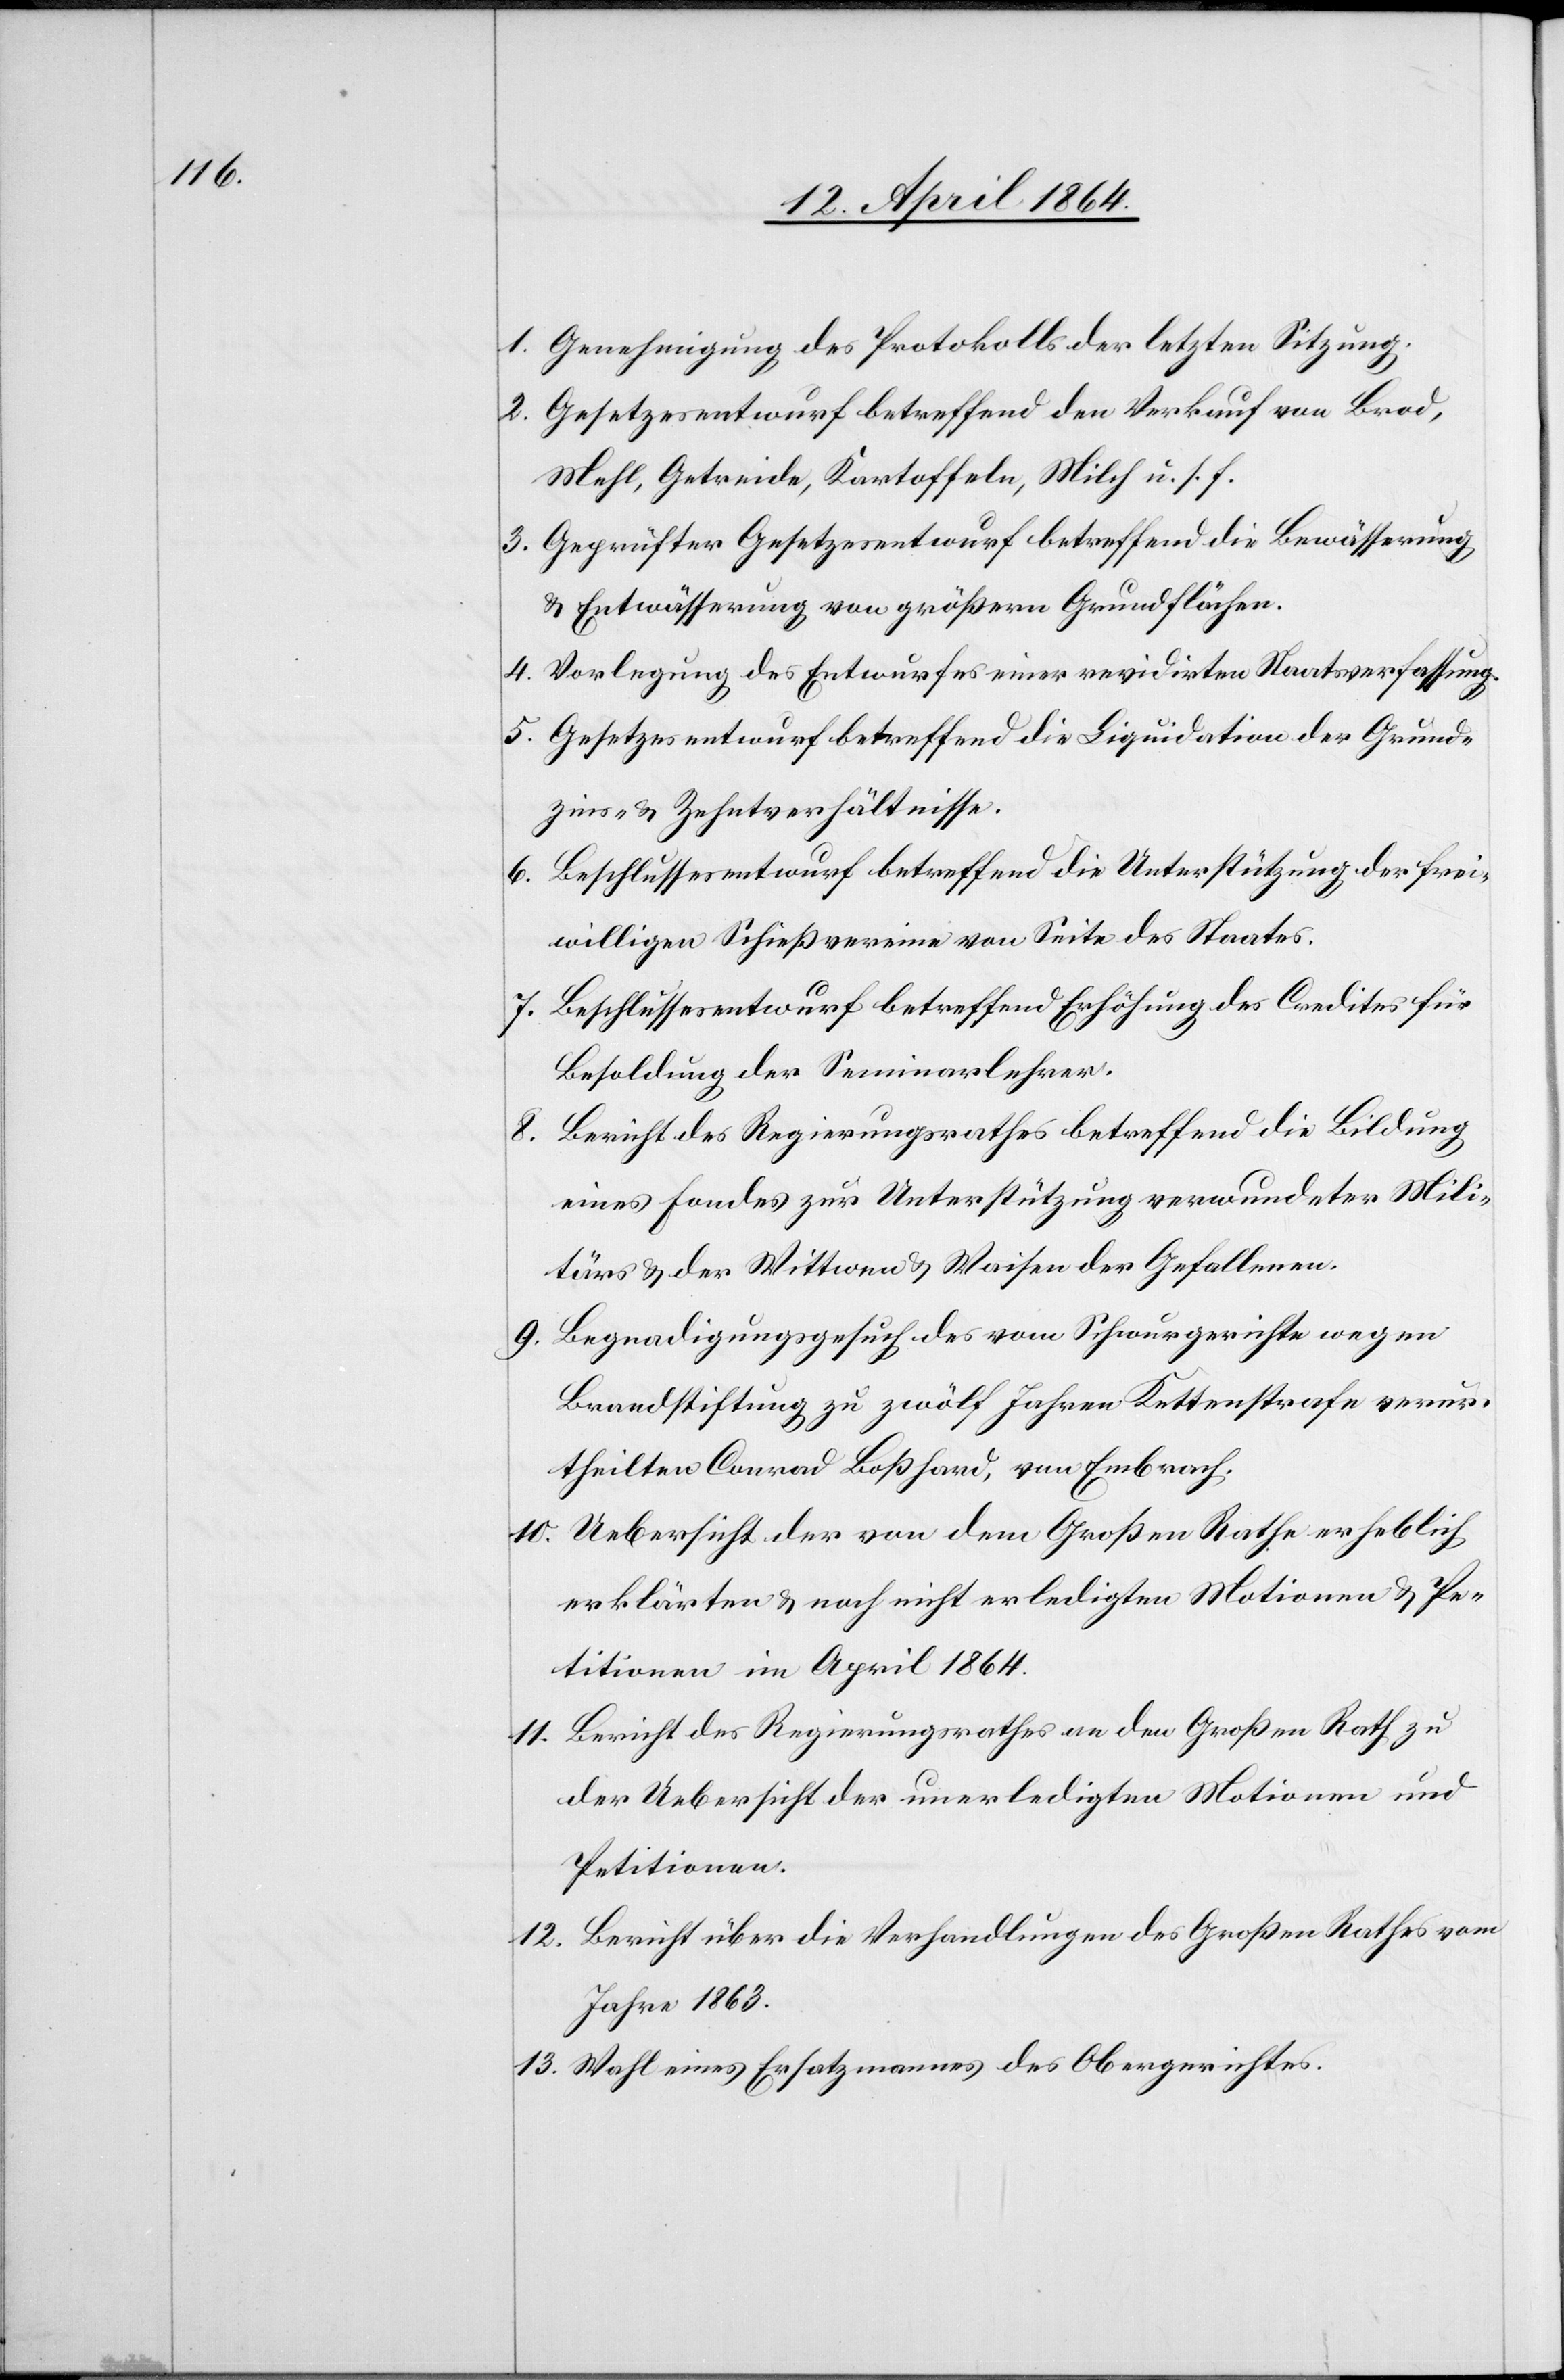
1. Genehmigung des Protokolls der letzten Sitzung.
2. Gesetzesentwurf betreffend den Verkauf von Brod,
Mehl, Getreide, Kartoffeln, Milch u. s. f.
3. Geprüfter Gesetzesentwurf betreffend die Bewässerung
u. Entwässerung von größern Grundflächen.
4. Vorlegung des Entwurfes einer revidirten Staatsverfassung.
5. Gesetzesentwurf betreffend die Liquidation der Grund¬
zins- u. Zehntverhältnisse.
6. Beschlussesentwurf betreffend die Unterstützung der frei¬
willigen Schießvereine von Seite des Staates.
7. Beschlussesentwurf betreffend Erhöhung des Credites für
Besoldung der Seminarlehrer.
8. Bericht des Regierungsrathes betreffend die Bildung
eines Fondes zur Unterstützung verwundeter Mili¬
tärs u. der Wittwen u. Waisen der Gefallenen.
9. Begnadigungsgesuch des vom Schwurgerichte wegen
Brandstiftung zu zwölf Jahren Kettenstrafe verur¬
theilten Conrad Boßhard, von Embrach.
10. Uebersicht der von dem Großen Rathe erheblich
erklärten u. noch nicht erledigten Motionen u. Pe¬
titionen im April 1864.
11. Bericht des Regierungsrathes an den Großen Rath zu
der Uebersicht der unerledigten Motionen und
Petitionen.
12. Bericht über die Verhandlungen des Großen Rathes vom
Jahre 1863.
13. Wahl eines Ersatzmannes des Obergerichtes.